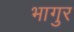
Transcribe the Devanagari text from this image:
भागुर